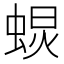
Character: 𧌚